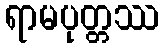
ရာမပုတ္တဿ